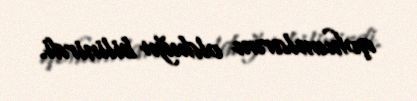
qohumlarım olduğu bilinirdi.